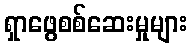
ရှာဖွေစစ်ဆေးမှုများ